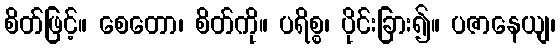
စိတ်ဖြင့်။ စေတော၊ စိတ်ကို။ ပရိစ္စ၊ ပိုင်းခြား၍။ ပဇာနေယျ၊